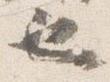
也